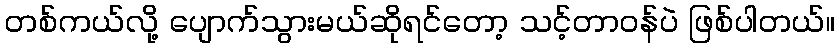
တစ်ကယ်လို့ ပျောက်သွားမယ်ဆိုရင်တော့ သင့်တာဝန်ပဲ ဖြစ်ပါတယ်။